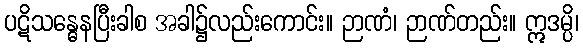
ပဋိသန္ဓေနပြီးခါစ အခါ၌လည်းကောင်း။ ဉာဏံ၊ ဉာဏ်တည်း။ ဣဒမ္ပိ၊